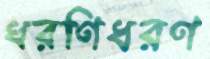
ধরণিধরণ